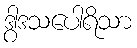
ဒွါဒသပေါရိသာ